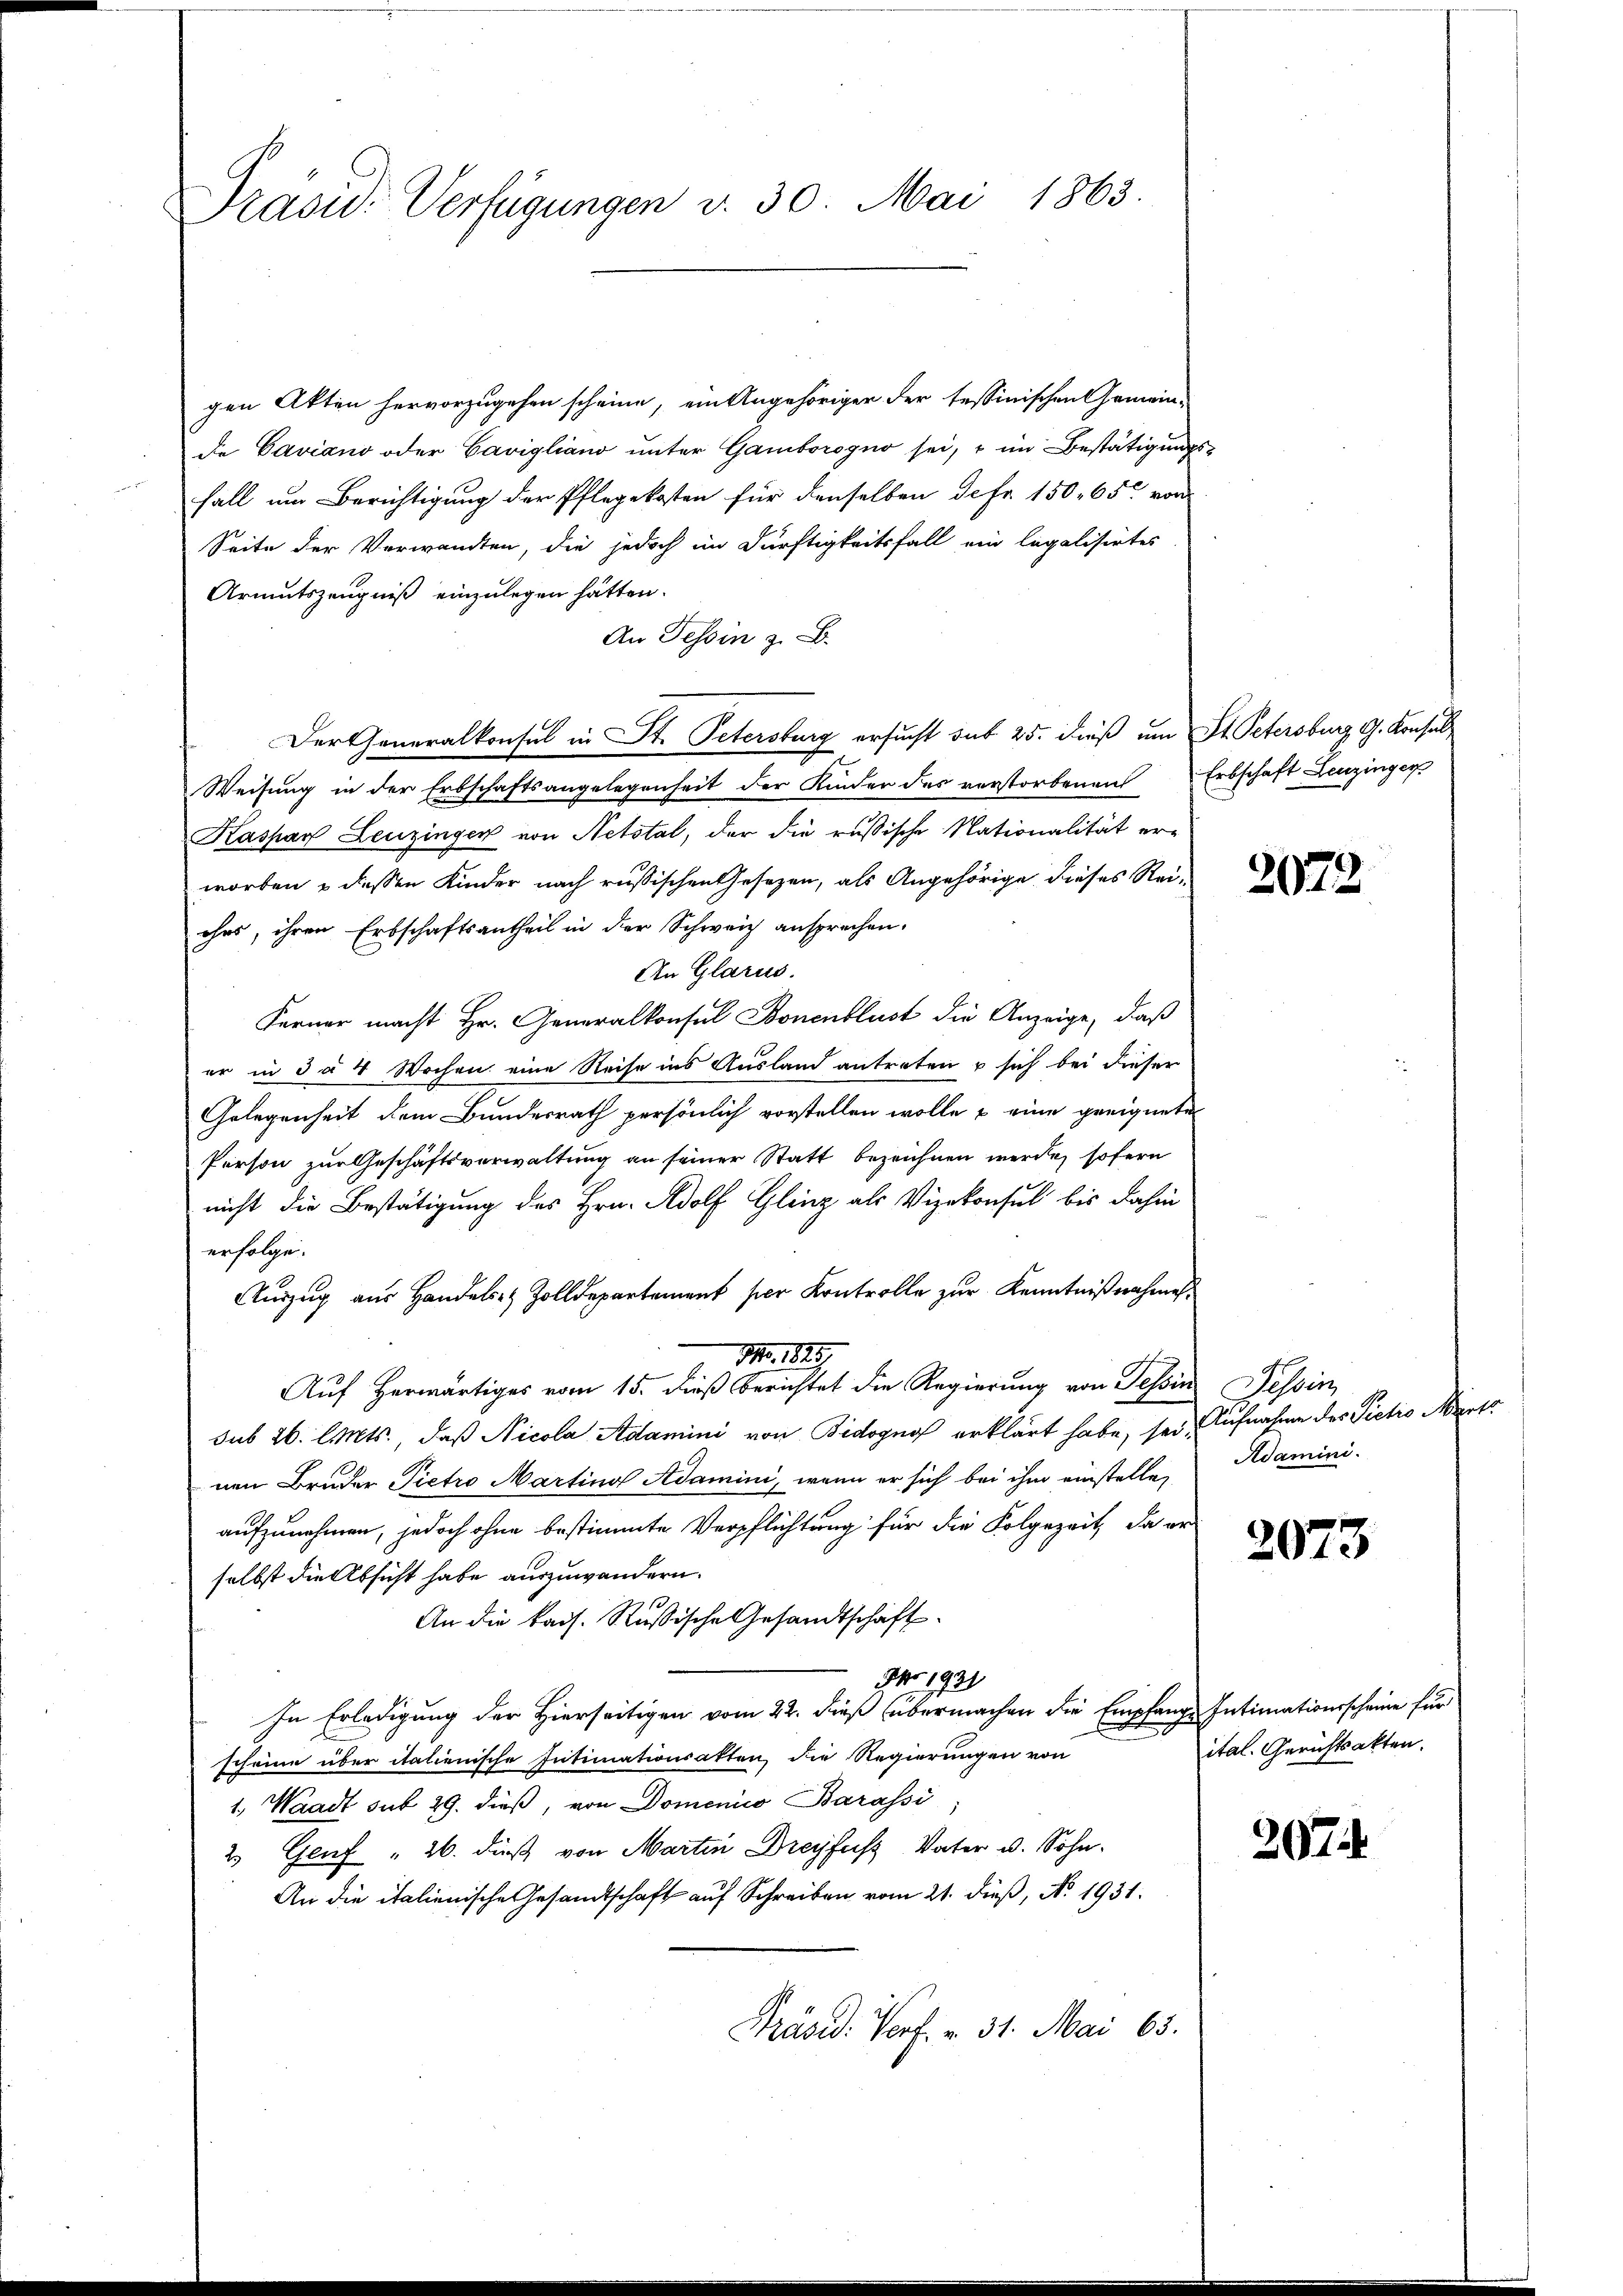
Präsid. Verfügungen v. 30. Mai 1863.

gen Akten hervorzugehen scheine, ein Angehöriger der tessinischen Gemein-
de Caviano oder Cavigliano unter Gamborogno sei, u im Bestätigungs-
fall um Berichtigung der Pflegekosten für denselben de fr. 150. 65 von
Seite der Verwandten, die jedoch im Dürftigkeitsfall ein legalisirtes
Armutszeugniß einzulegen hätten.
An Tessin z. B.
Der Generalkonsul in St. Petersburg ersucht sub 25. dieß um St. Petersburg, G. Konsul
Weisung in der Erbschaftsangelegenheit der Kinder des verstorbenen Erbschaft Leuzinger
Kaspar Leuzingen von Netotal, der die russische Nationalität er-
worben & dessen Kinder nach russischen Gesetzen, als Angehörige dieses Reiohns, ihren Erbschaftsantheil in der Schweiz ansprechen.
An Glarus.
Ferner macht Hr. Generalkonsul Bonenblust die Anzeige, daß
er in da 4 Wochen eine Reise ins Ausland antreten & sich bei dieser
Gelegenheit dem Bundesrath persönlich vorstellen wolle u eine geeignete
Person zur Geschäftsverwaltung an seiner Statt bezeichnen werde, sofern
nicht die Bestätigung des Hrn. Adolf Glinz als Vizekonsul bis dahin
erfolge.
Aŭszŭg aŭs Handels- & Zolldepartement per Kontrolle zŭr Kenntniβnahme
No. 1825.
Auf herwärtiges vom 15. dieß berichtet die Regierung von Tessin Tessin,
sub 26. l. Mts., daß Nicola Adamini von Bidognof erklärt habe, sei, Aufnahme des Pietro Mart
nen Bruder Pietro Martins Adamini, wenn er sich bei ihm einstelle,
aufzunehmen, jedoch ohne bestimmte Verpflichtung für die Folgezeit, da er
selbst die Absicht habe auszuwandern.
An die kais. Russische Gesandtschaft
Nr 1931
In Erledigung der Hierseitigen vom 22. dieß übermachen die Empfange Intimationsscheine für
scheine über italienische Intimationsakten, die Regierungen von
1, Waadt sub 29. dieß, von Domenico Barassi
2 Genf " 26. daß von Martin Dreyfuss Vater u. Sohn.
An die italienische Gesandtschaft auf Schreiben vom 21. dieß, No. 1931.
Präsid. Porf. v. 31. Mai 63.

2072.

Adamini

2073

ital. Gerichtsakten.

207.